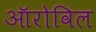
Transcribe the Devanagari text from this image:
ऑरोविल